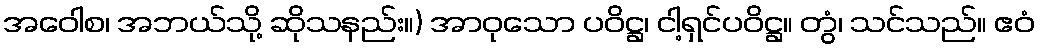
အဝေါစ၊ အဘယ်သို့ ဆိုသနည်း။) အာဝုသော ပဝိဋ္ဌ၊ ငါ့ရှင်ပဝိဋ္ဌ။ တွံ၊ သင်သည်။ ဧဝံ